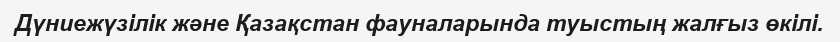
Дүниежүзілік және Қазақстан фауналарында туыстың жалғыз өкілі.